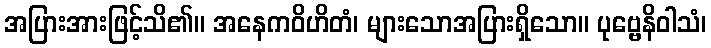
အပြားအားဖြင့်သိ၏။ အနေကဝိဟိတံ၊ များသောအပြားရှိသော။ ပုဗ္ဗေနိဝါသံ၊